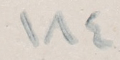
١٨٤